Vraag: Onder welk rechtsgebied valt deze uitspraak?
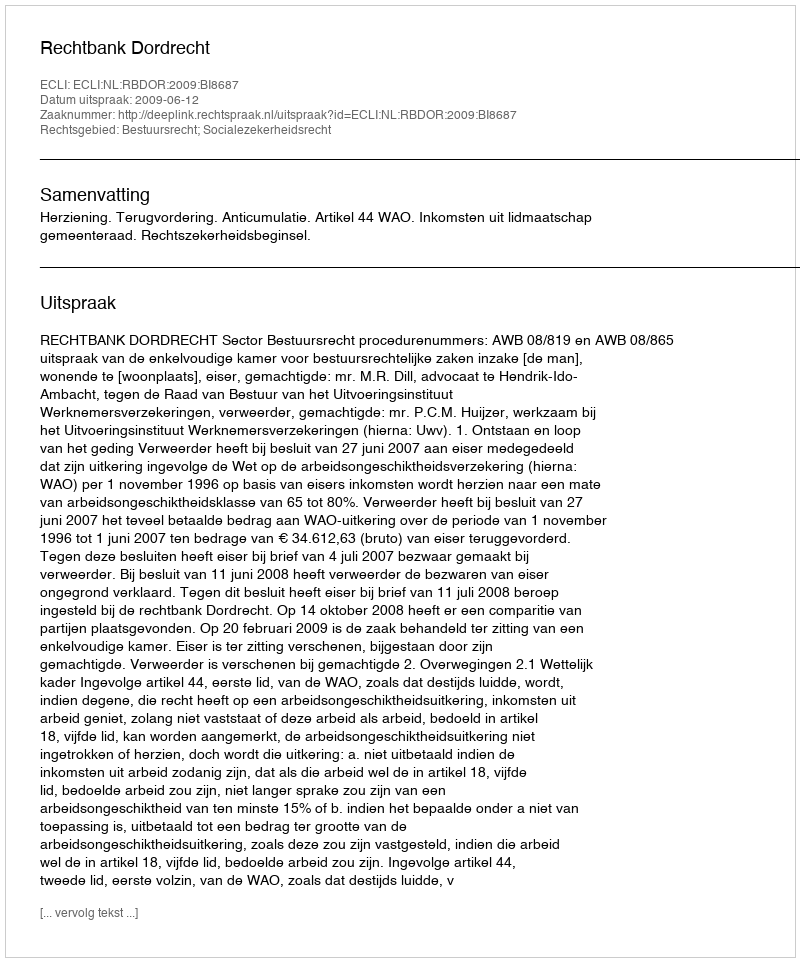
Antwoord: Bestuursrecht; Socialezekerheidsrecht